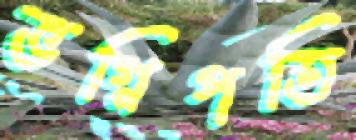
ভগ্নিপতি